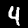
Digit: 4